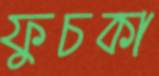
ফুচকা